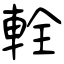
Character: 輇